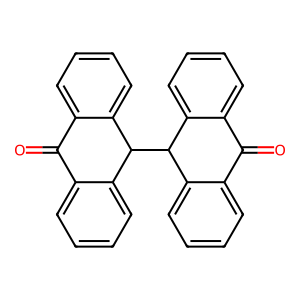
SMILES: O=C1c2ccccc2C(C2c3ccccc3C(=O)c3ccccc32)c2ccccc21
Inhibits HIV replication: No